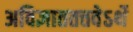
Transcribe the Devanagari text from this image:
अविज्ञाततत्तवेऽर्थे